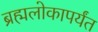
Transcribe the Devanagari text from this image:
ब्रह्मलोकापर्यंत